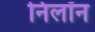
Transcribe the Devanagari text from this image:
निलॉन